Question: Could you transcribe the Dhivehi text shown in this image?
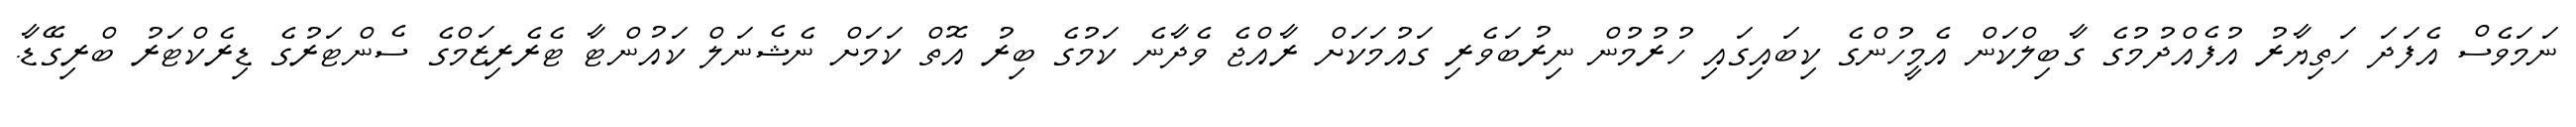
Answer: ނަމަވެސް އެފަދަ ހަތިޔާރު އުފެއްދުމުގެ ގާބިލްކަން އެމީހުންގެ ކިބައިގައި ހުރުމުން ނިރުބަވެރި ގައުމަކަށް ރާއްޖެ ވެދާނެ ކަމުގެ ބިރު އޮތް ކަމަށް ނެޝެނަލް ކައުންޓާ ޓެރެރިޒަމްގެ ސެންޓަރުގެ ޑިރެކްޓަރު ބްރިގޭޑާ.